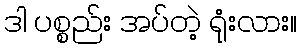
ဒါ ပစ္စည်း အပ်တဲ့ ရုံးလား။